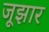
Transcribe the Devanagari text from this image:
जूझार